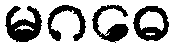
မဂဓေ